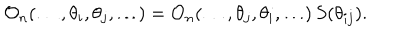
\mathcal { O } _ { n } ( \dots , \theta _ { i } , \theta _ { j } , \dots ) = \mathcal { O } _ { n } ( \dots , \theta _ { j } , \theta _ { i } , \dots ) \, S ( \theta _ { i j } ) .